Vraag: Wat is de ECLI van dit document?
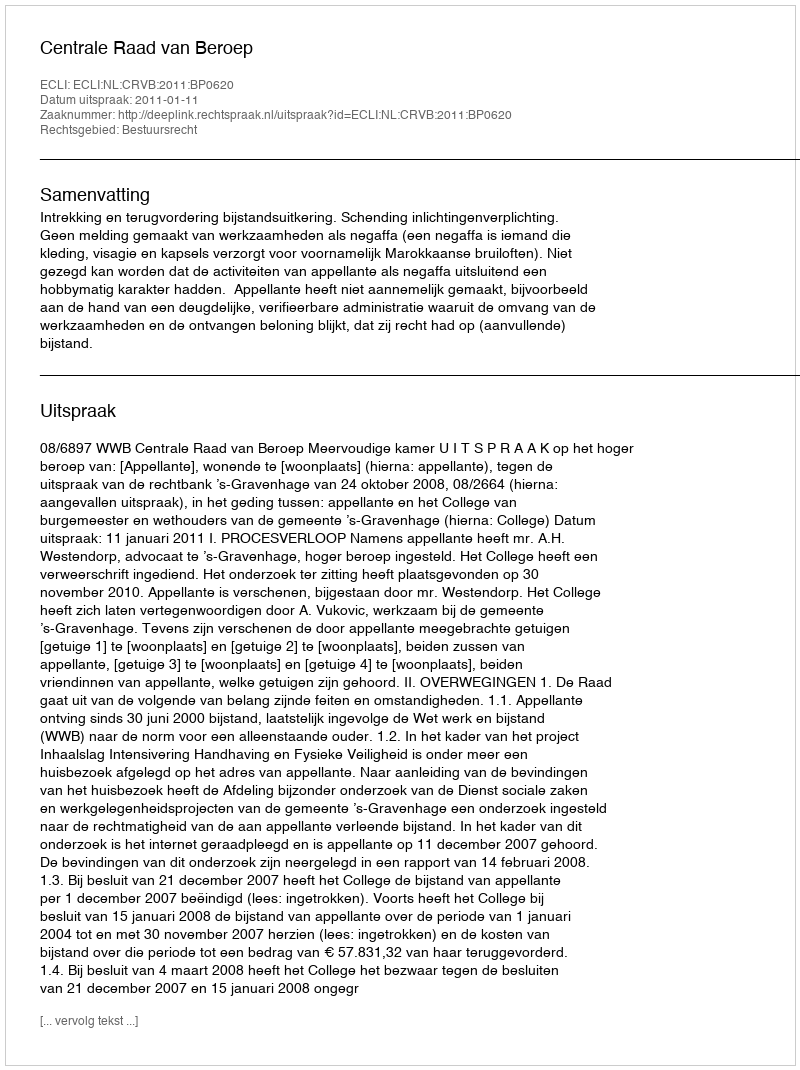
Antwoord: ECLI:NL:CRVB:2011:BP0620